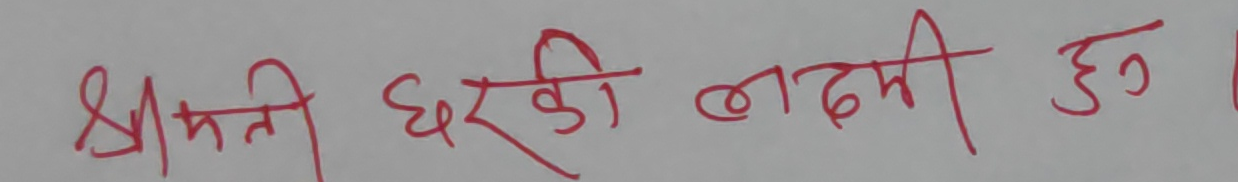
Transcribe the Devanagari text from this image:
श्रीमती घरकी लक्ष्मी हुन् ।